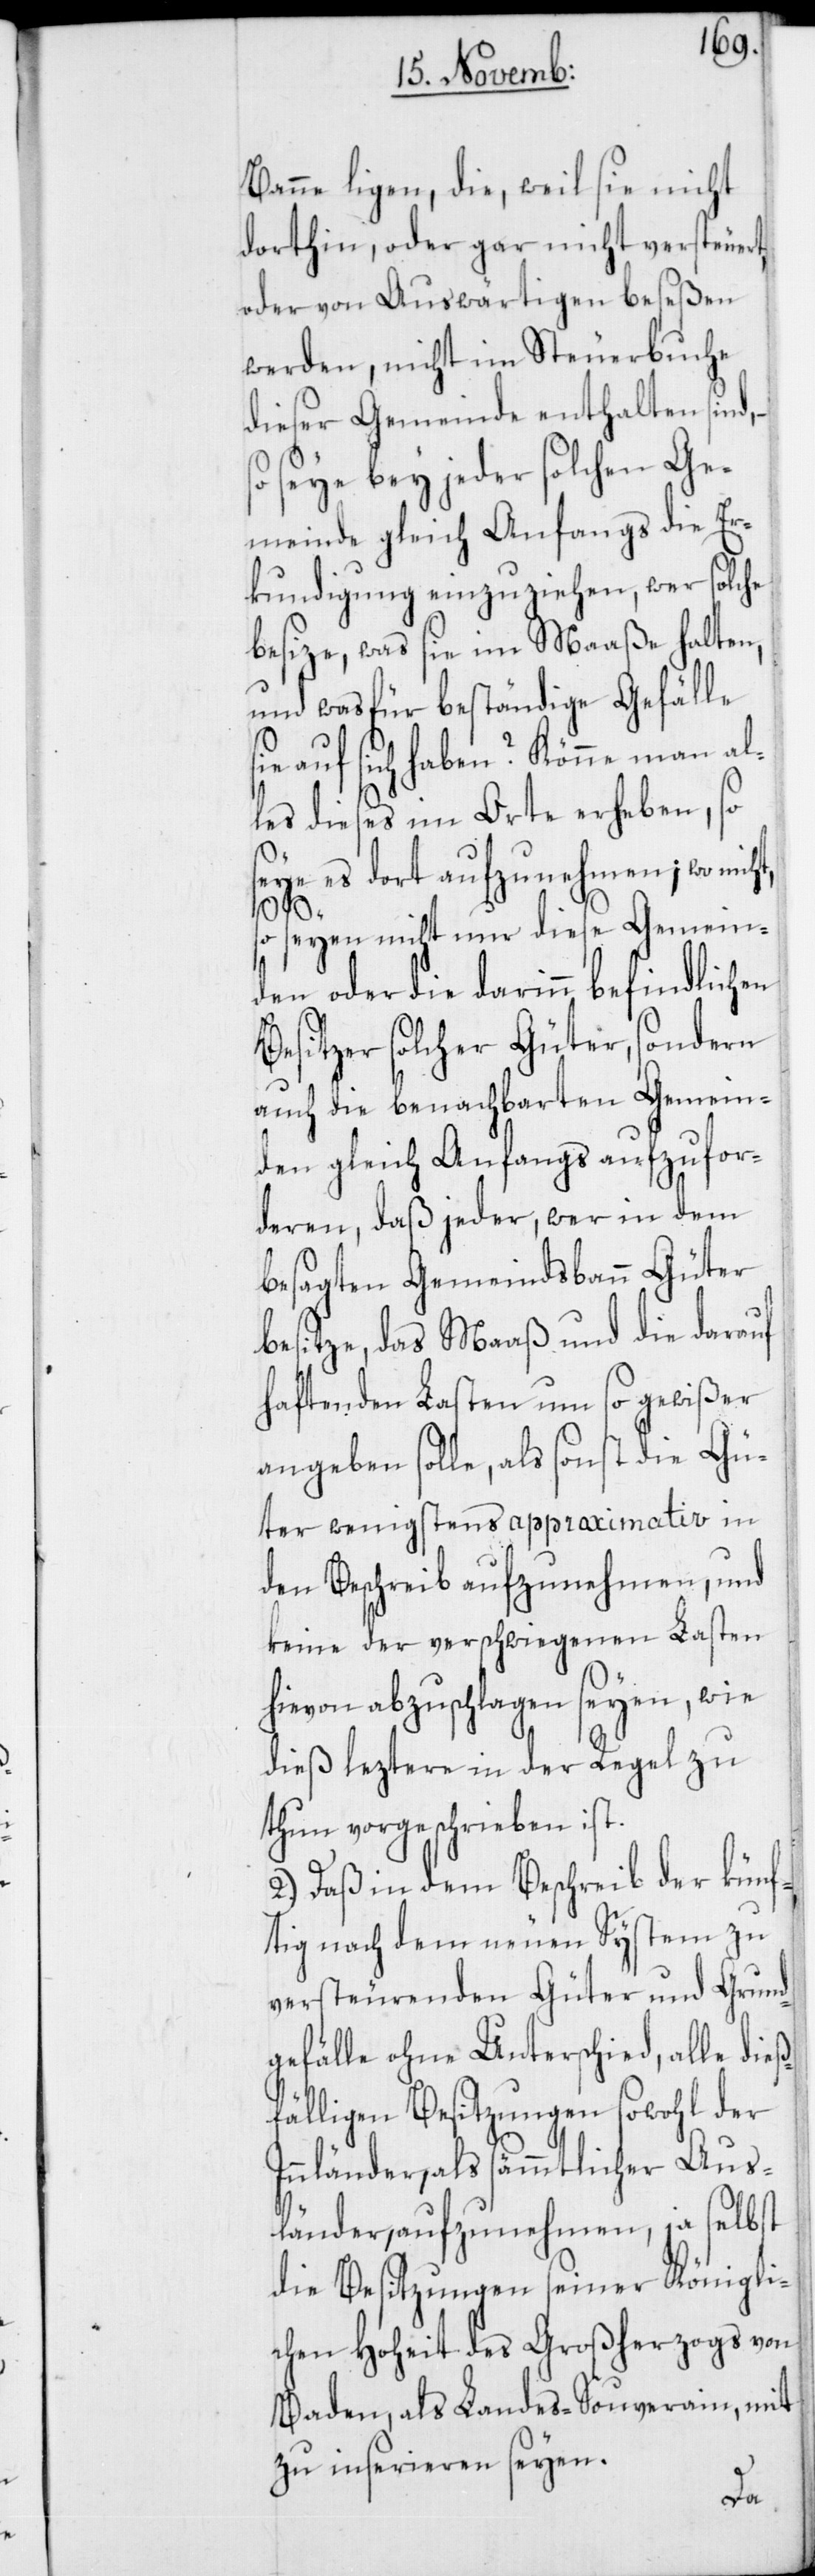
Banne ligen, die, weil sie nicht
dorthin, oder gar nicht versteuert,
oder von Auswärtigen beseßen
werden, nicht im Steuerbuche
dieser Gemeinde enthalten sind,
seye bey jeder solchen Ge¬
meinde gleich Anfangs die Er¬
kundigung einzuziehen, wer solche
besize, was sie im Maaße halten,
und was für beständige Gefälle
auf sich haben? Könne man al¬
les dieses im Orte erheben, so
seye es dort aufzunehmen; wo nich¬
so seyen nicht nur diese Gemein¬
den oder die darinn befindlichen
Besitzer solcher Güter, sondern
auch die benachbarten Gemein¬
den gleich Anfangs aufzufor¬
deren, daß jeder, wer in dem
besagten Gemeindsbann Güter
besitze, das Maaß und die darauf
haftenden Lasten um so gewißer
angeben solle, als sonst die Gü¬
ter wenigstens approximativ in
den Beschreib aufzunehmen, und
keine der verschwiegenen Lasten
hievon abzuschlagen seyen, wie
dieß leztere in der Regel zu
thun vorgeschrieben ist.
2.) Daß in dem Beschreib der künf¬
tig nach dem neuen System zu
versteurenden Güter und Grund¬
gefälle ohne Unterschied, alle dieß¬
fälligen Besitzungen sowohl der
Innländer, als sämmtlicher Aus¬
länder, aufzunehmen, ja selbst
die Besitzungen seiner Königli¬
chen Hoheit des Großherzogs von
Baden, als Landes-Souverain mit
zu inserieren seyen.
t,